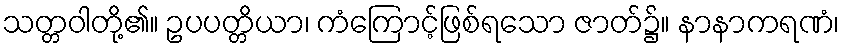
သတ္တဝါတို့၏။ ဥပပတ္တိယာ၊ ကံကြောင့်ဖြစ်ရသော ဇာတ်၌။ နာနာကရဏံ၊